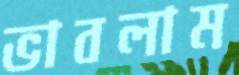
ভাবলাম